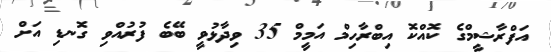
އަފްރާޝީމްގެ ކޮއްކޮ އިބްރާހިމް އަމީމް 35 ވިދާޅުވީ ބޭބެ ފުރުއްވި ގޮނޑި އަށް